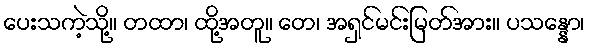
ပေးသကဲ့သို့။ တထာ၊ ထို့အတူ။ တေ၊ အရှင်မင်းမြတ်အား။ ပသန္နော၊